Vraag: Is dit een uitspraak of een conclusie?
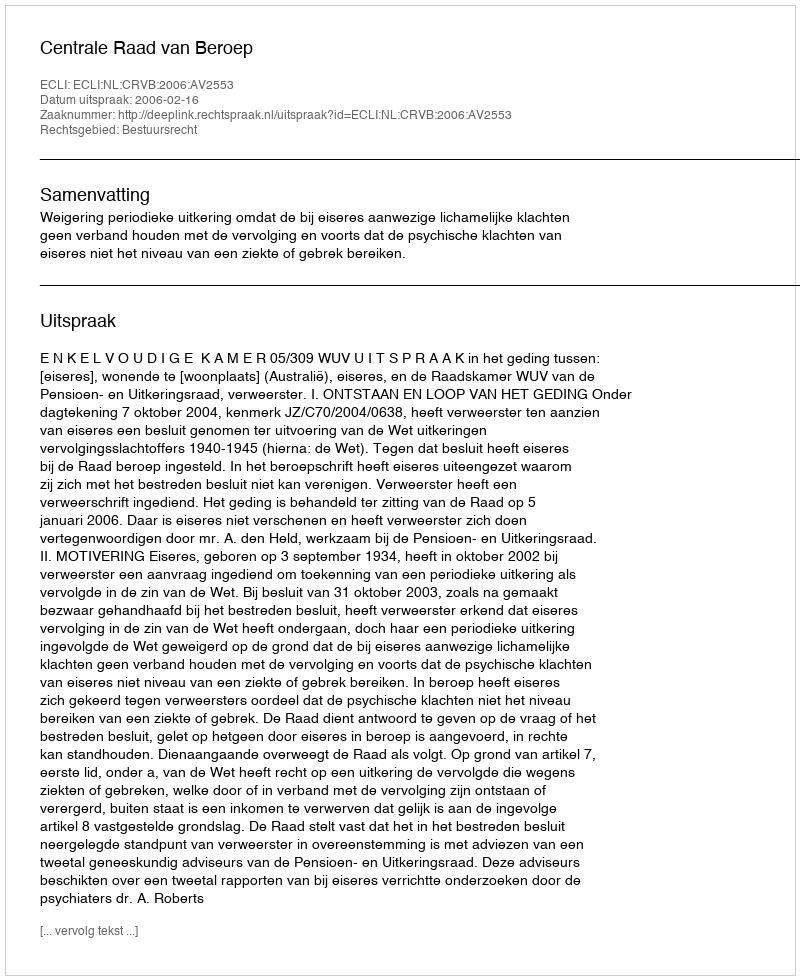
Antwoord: Uitspraak